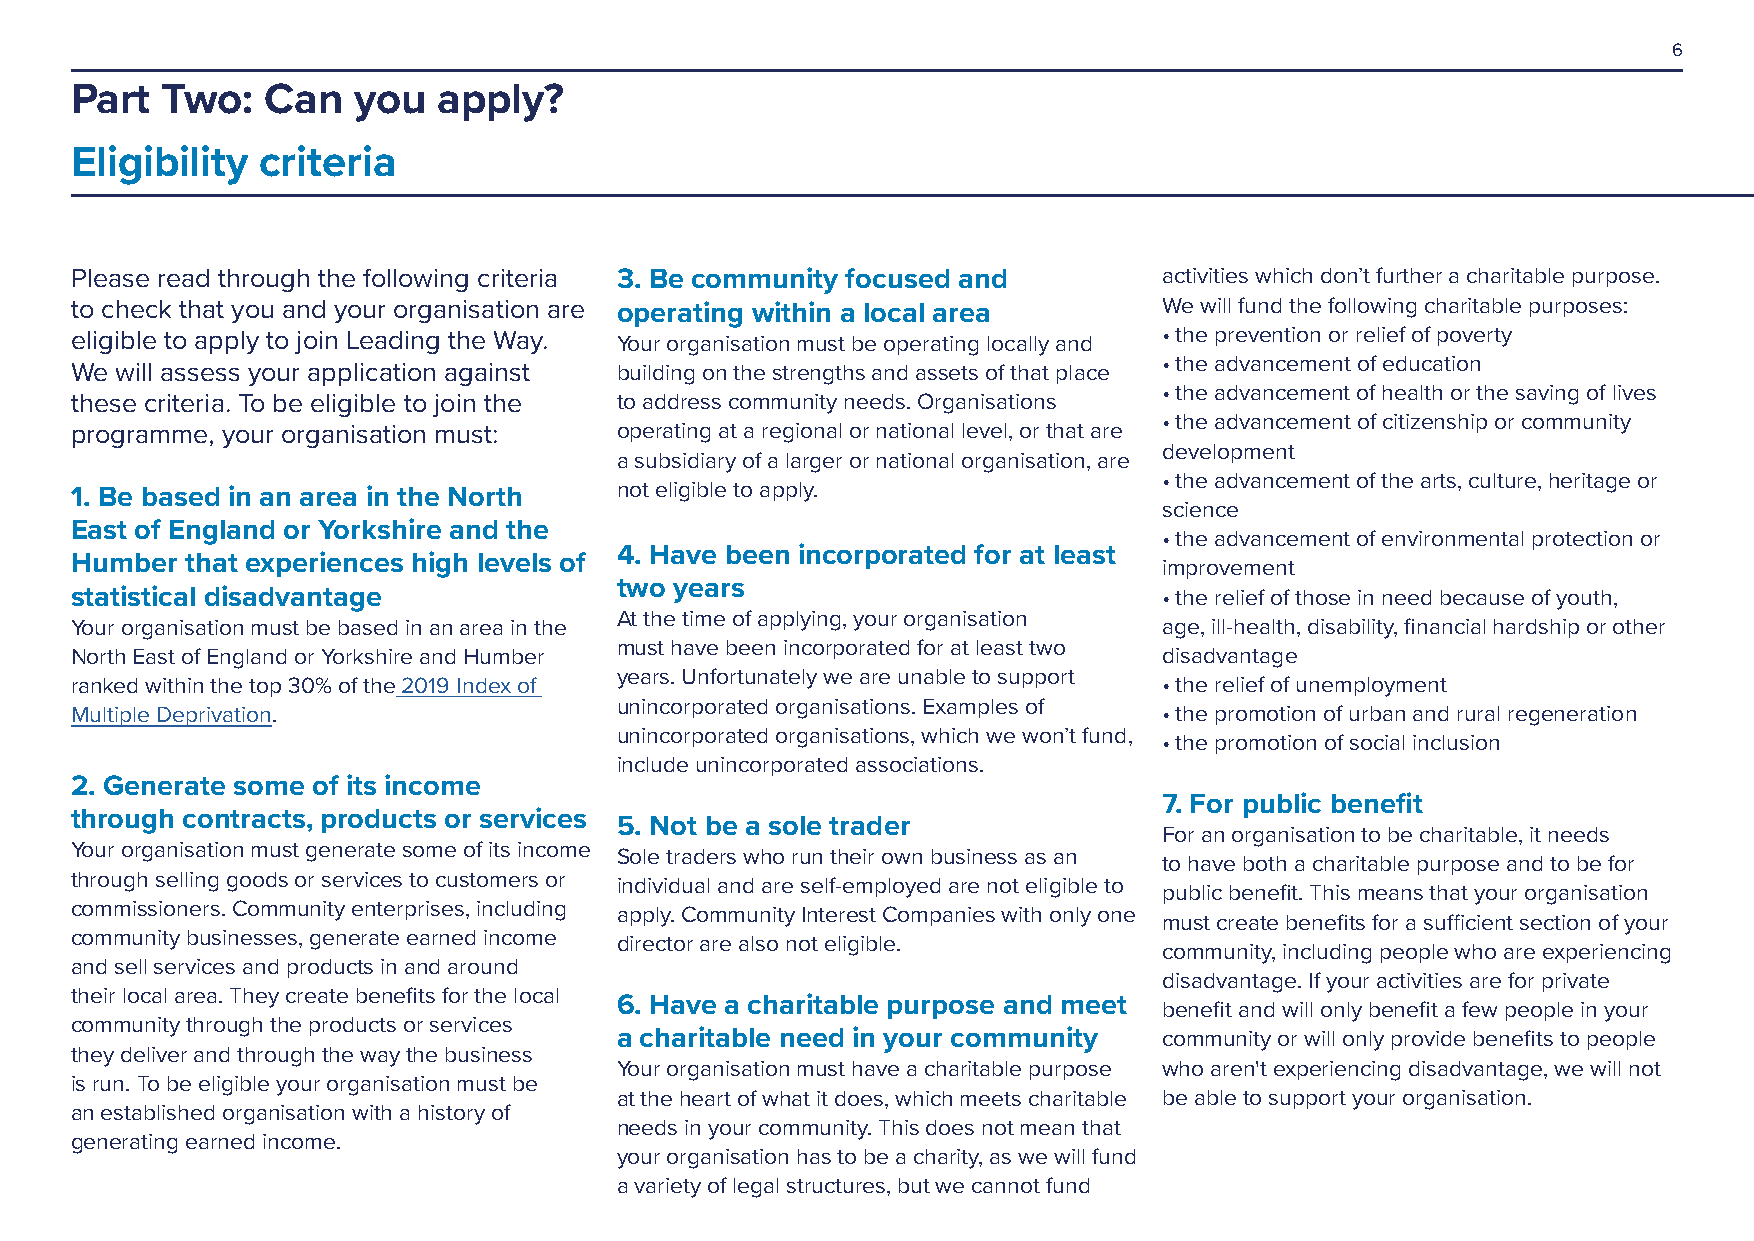
6
 Part  Two:   Can  you   apply?
 Eligibility criteria
 Please read through the following criteria 3. Be community focused and  activities which don’t further a charitable purpose.
 to check that you and your organisation are operating within a local area We will fund the following charitable purposes:
 eligible to apply to join Leading the Way. Your organisation must be operating locally and • the prevention or relief of poverty
 • the advancement of education
 We will assess your application against building on the strengths and assets of that place
 • the advancement of health or the saving of lives
 these criteria. To be eligible to join the to address community needs. Organisations
 • the advancement of citizenship or community
 programme, your organisation must:  operating at a regional or national level, or that are
 development
 a subsidiary of a larger or national organisation, are
 • the advancement of the arts, culture, heritage or
 1. Be based in an area in the North not eligible to apply.
 science
 East of England or Yorkshire and the
 • the advancement of environmental protection or
 4. Have been incorporated for at least
 Humber that experiences high levels of                                  improvement
 two years
 statistical disadvantage                                                • the relief of those in need because of youth,
 At the time of applying, your organisation
 Your organisation must be based in an area in the                       age, ill-health, disability, financial hardship or other
 must have been incorporated for at least two
 North East of England or Yorkshire and Humber                           disadvantage
 years. Unfortunately we are unable to support
 ranked within the top 30% of the 2019 Index of                          • the relief of unemployment
 unincorporated organisations. Examples of
 Multiple Deprivation.                                                   • the promotion of urban and rural regeneration
 unincorporated organisations, which we won’t fund,
 • the promotion of social inclusion
 include unincorporated associations.
 2. Generate some of its income
 7. For public benefit
 through contracts, products or services
 5. Not be a sole trader
 For an organisation to be charitable, it needs
 Your organisation must generate some of its income
 Sole traders who run their own business as an
 to have both a charitable purpose and to be for
 through selling goods or services to customers or
 individual and are self-employed are not eligible to
 public benefit. This means that your organisation
 commissioners. Community enterprises, including
 apply. Community Interest Companies with only one
 must create benefits for a sufficient section of your
 community businesses, generate earned income
 director are also not eligible.
 community, including people who are experiencing
 and sell services and products in and around
 disadvantage. If your activities are for private
 their local area. They create benefits for the local
 6. Have a charitable purpose and meet
 benefit and will only benefit a few people in your
 community through the products or services
 a charitable need in your community community or will only provide benefits to people
 they deliver and through the way the business
 Your organisation must have a charitable purpose who aren't experiencing disadvantage, we will not
 is run. To be eligible your organisation must be
 at the heart of what it does, which meets charitable be able to support your organisation.
 an established organisation with a history of
 needs in your community. This does not mean that
 generating earned income.
 your organisation has to be a charity, as we will fund
 a variety of legal structures, but we cannot fund